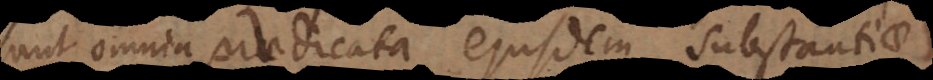
sunt omnia praedicata ejusdem substantiae